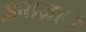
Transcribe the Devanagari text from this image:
अबाज़ह।